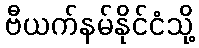
ဗီယက်နမ်နိုင်ငံသို့